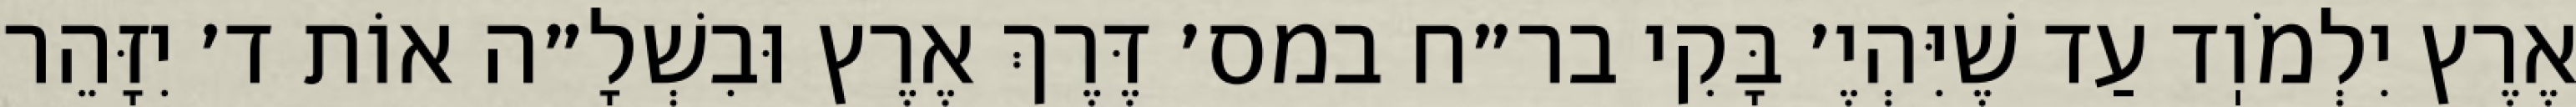
אֶרֶץ יִלְמֹוֽד עַד שֶׁיִּהְיֶ׳ בָּקִי בר״ח במס׳ דֶּרֶךְ אֶרֶץ וּבִשְׁלָ״ה אוֹת ד׳ יִזָּהֵר